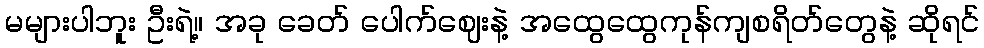
မများပါဘူး ဦးရဲ့။ အခု ခေတ် ပေါက်ဈေးနဲ့ အထွေထွေကုန်ကျစရိတ်တွေနဲ့ ဆိုရင်